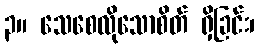
၃။ သေစေလိုသောစိတ် ရှိခြင်း၊